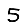
Digit: 5